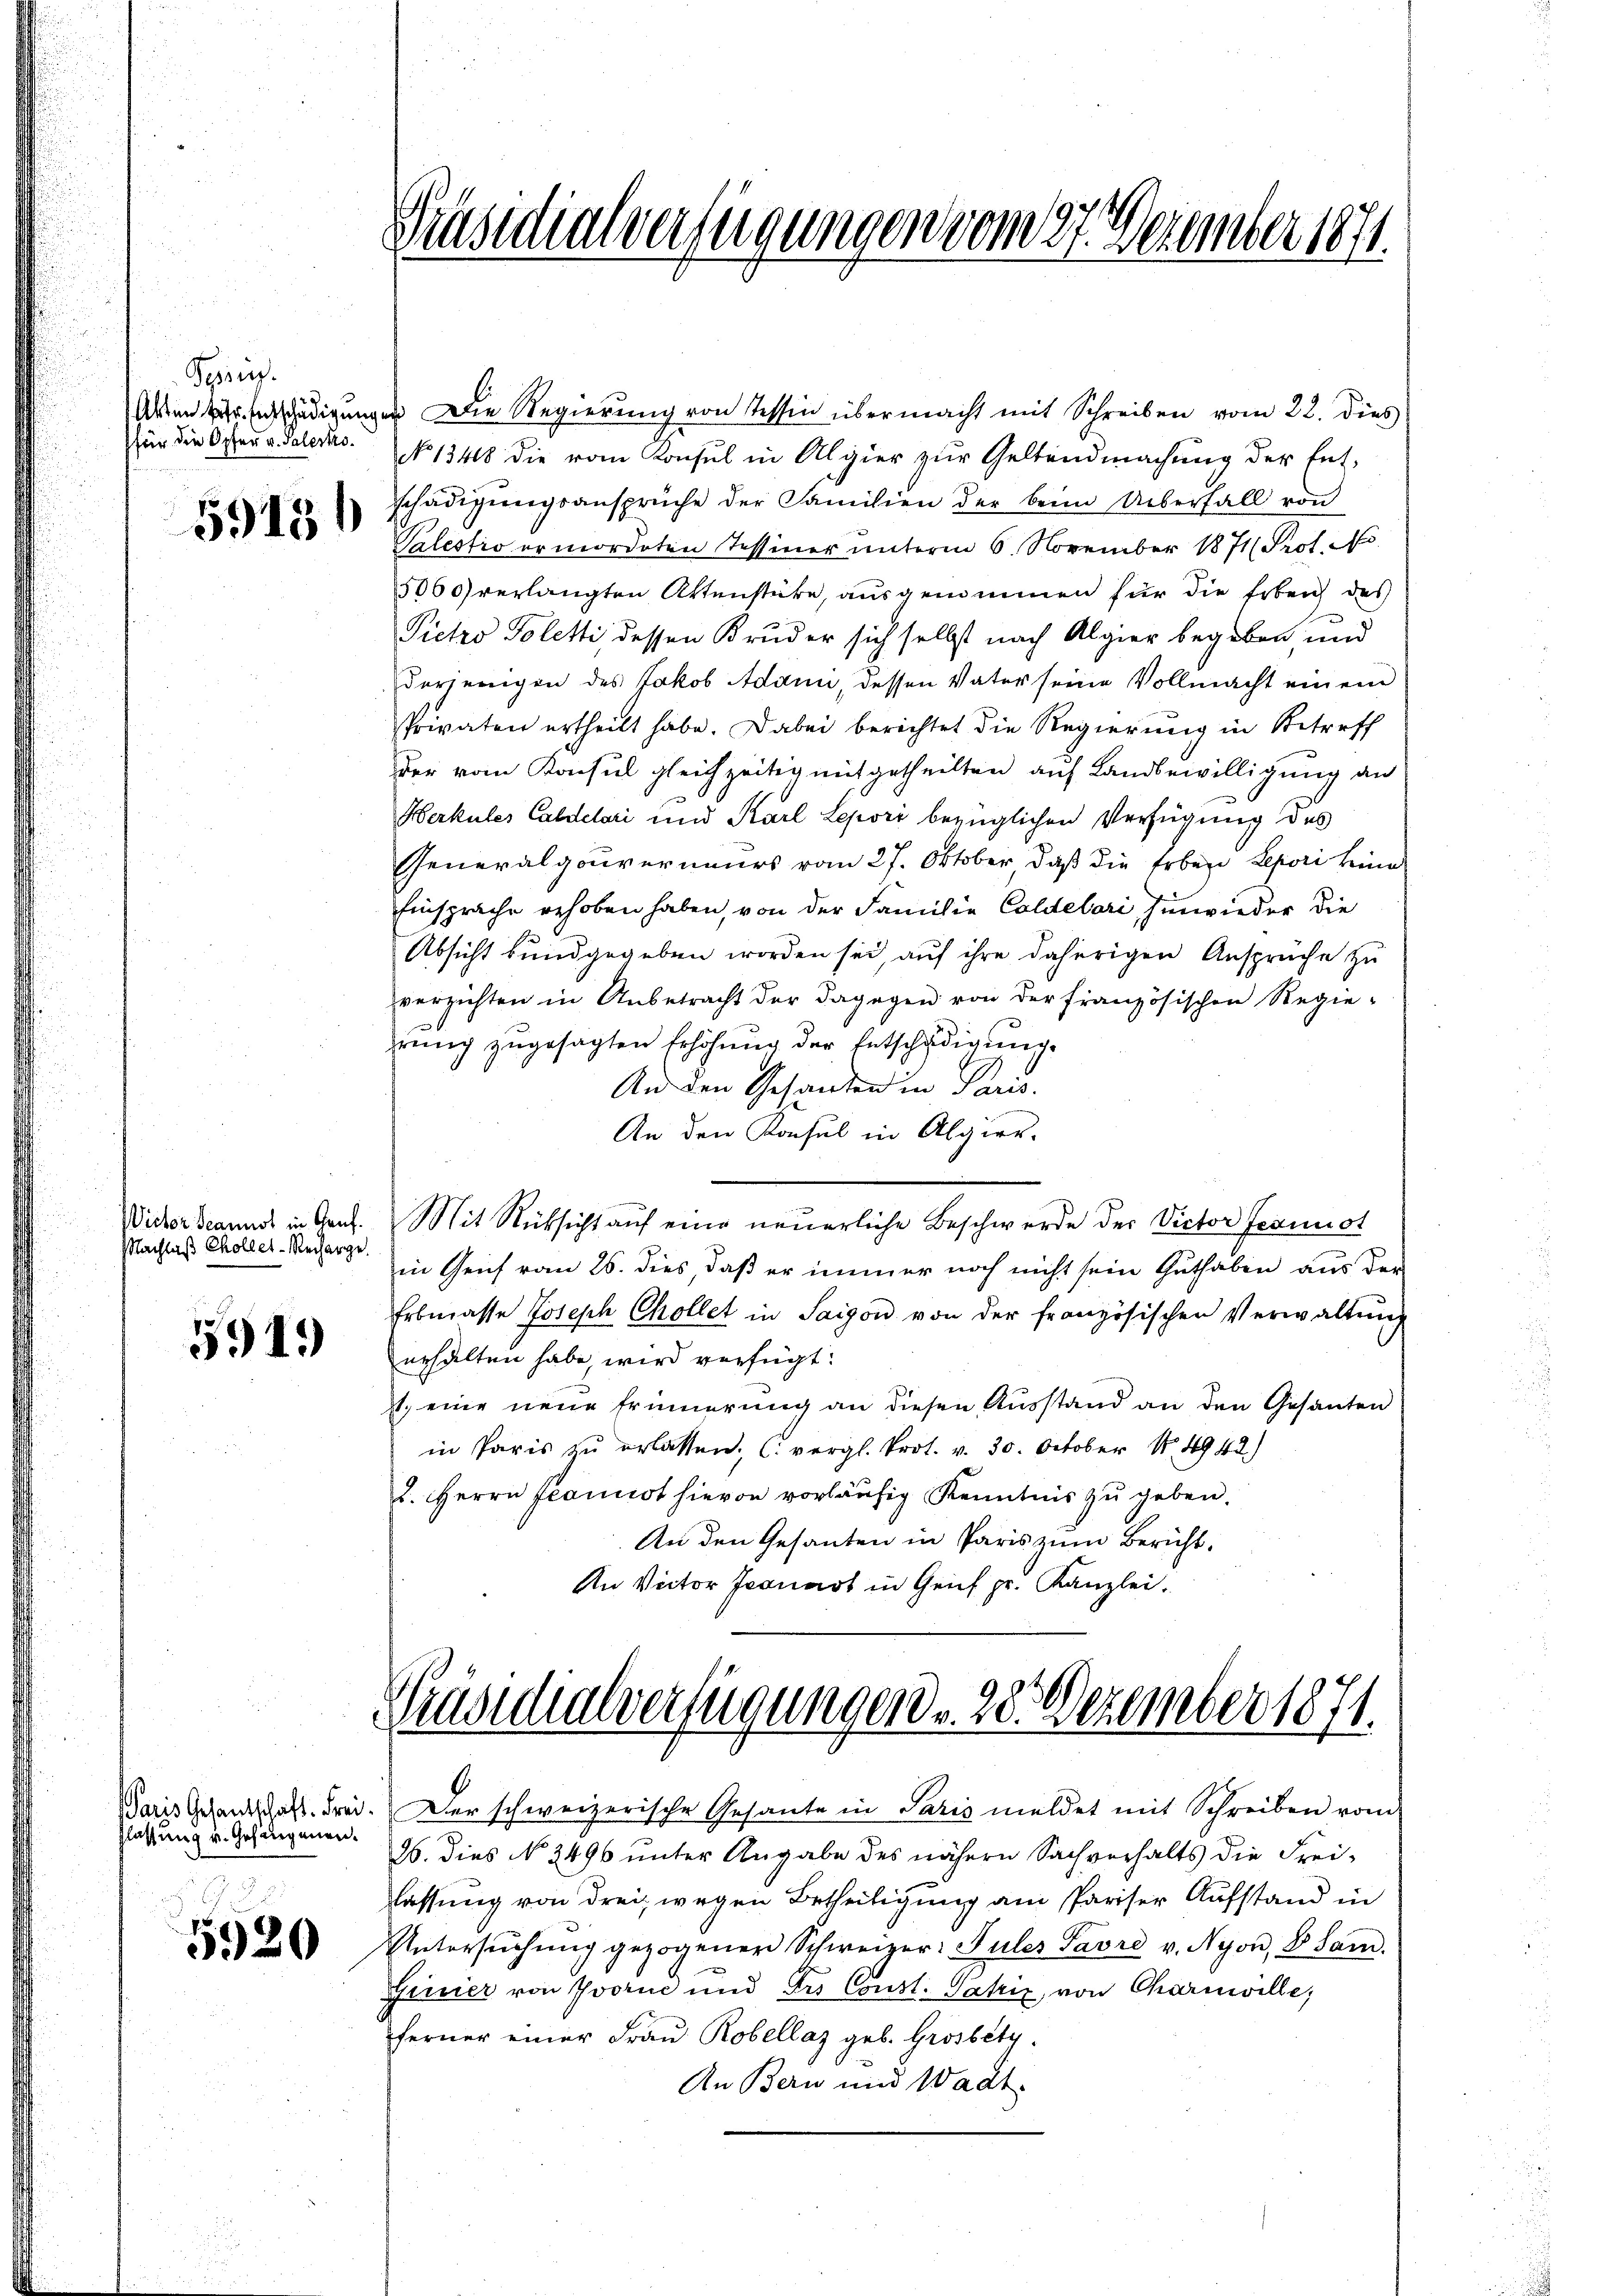
Sprinz
Akten betr. Entschädigung
für die Opfer v. Palerko

5913

Wictor Scannot in Genf.
Nachlaß Choller-Recharge

5919

Paris Gesantschaft. Frei
lassung v. Gesingenen.

5920

Präsidialverfügungen vom 27. Dezember 1871.

in Die Regierŭng von Tessin übermacht mit Schreiben vom 22. dies
NNo 1348 die vom Konsul in Algier zur Geltendmachung der Entschädigŭngsansprüche der Familien der beim Überfall von
Valestio ermordeten Tessiner unterm 6. November 1871 Prof. No
5060 verlangten Aktenstücke, ausgenommen für die Erbeich des
Pietro Poletti dessen Bruder sich selbst nach Algier begeben und
derjenigen des Jakob Adann, dessen Vater seine Vollmacht einem
sprivaten ertheilt habe. Dabei berichtet die Regierung in Betreff
der vom Konsul gleichzeitig mit getheilten auf Landbewilligung an
Herkules Caldelari und Karl Lepori bezüglichen Verfügung des
Generalgouverneurs vom 27. Oktober, daß die Erben Lepori keine
Einsprache gehoben haben, von der Familie Caldelari, hinwieder die
Absicht kundgegeben worden sei, auf ihre daherigen Ansprüche zu
verzichten in Anbetracht der dagegen von der französischen Regie-
rŭng zugesagten Erhöhung der Entschädigung
An den Gesanden in Paris.
An den Konsul in Algier-
Mit Rücksicht aŭf eine neuerliche Beschwerde der Victor Gesinist
in Genf vom 26. dies, daß er immer noch nicht sein Guthaben aus der
Erbmasse Joseph Chollet in Saigon von der französischen Verwaltŭng
erhalten habe wird verfügt:
t. eine neue Erinnerung an diesen Ausstand an den Gesanten
in Paris zŭ erlassen. C. vergl. Prot. v. 30. October 1849 42)
2. Herrn Planiot hievon vorläufig Kenntnis zu geben.
An den Gesanten in Paris zum Bericht.
An Victor Jeanast in Genf pr. Kanzlei.
Vrusidialverfügungen . . 28. Dezember 1871.
Der schweizerische Gesante in Paris meldet mit Schreiben vom
26. Dies No. 3496 unter Angabe des nähern Sachverhalts die Frei-
lassung von drei wegen Betheiligung am Pariser Aufstand in
Untersŭchŭng gezogenen Schweizer-Suler Pavre v. Nyon, S. Sam
Grisier von Yvorne und Irs Const. Gatrix von Charmelle,
ferner einer Frau Robellaz geb. Grosbéty.
An Bern und Wadt.